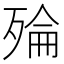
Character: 𪵅